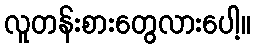
လူတန်းစားတွေလားပေါ့။